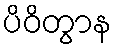
ပိဝိတွာန